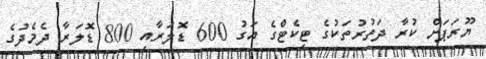
ޔޫރަޕަށް ކުރާ ދަތުރުތަކުގެ ޓިކެޓްގެ އަގު 600 ޑޮލަރާއި 800 ޑޮލަރާ ދެމެދުގެ